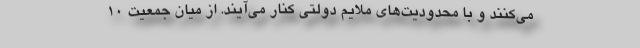
می‌کنند و با محدودیت‌های ملایم دولتی کنار می‌آیند. از میان جمعیت 10